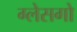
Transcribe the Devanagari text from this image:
ग्लेसगो